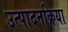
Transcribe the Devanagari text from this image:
उत्पादनक्रिया